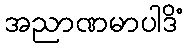
အညာဏမာပါဒိံ